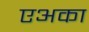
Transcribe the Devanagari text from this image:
एअका